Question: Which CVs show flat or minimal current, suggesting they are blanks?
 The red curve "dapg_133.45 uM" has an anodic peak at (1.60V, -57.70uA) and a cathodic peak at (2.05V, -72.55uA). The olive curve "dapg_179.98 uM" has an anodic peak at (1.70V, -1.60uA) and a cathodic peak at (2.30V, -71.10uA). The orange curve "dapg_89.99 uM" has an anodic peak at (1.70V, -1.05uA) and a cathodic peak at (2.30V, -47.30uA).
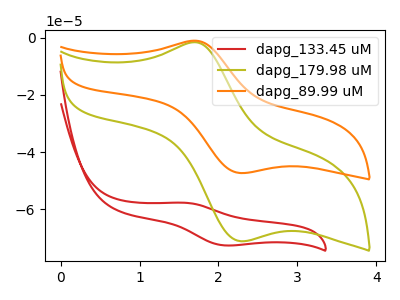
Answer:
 <answer>There are not any CV's on this graph that are likely to be blanks.</answer>
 <eval>none</eval>